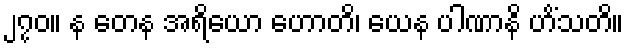
၂၇၀။ န တေန အရိယော ဟောတိ၊ ယေန ပါဏာနိ ဟိံသတိ။